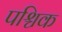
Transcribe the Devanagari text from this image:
पश्चिक